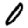
Digit: 0